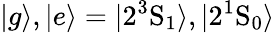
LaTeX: |g\rangle,|e\rangle=|2^{3}\mathrm{S}_{1}\rangle,|2^{1}\mathrm{S}_{0}\rangle